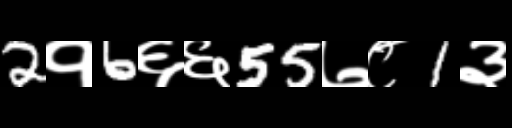
Text: 2१6६६55७८1३